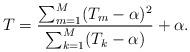
LaTeX: \begin{align*} T = \frac{ \sum_{m=1}^{M} (T_{{m}} - \alpha )^2 }{\sum_{ k=1}^{M} ( T_{k} - \alpha ) } +\alpha . \end{align*}